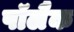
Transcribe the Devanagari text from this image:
पॉलैक